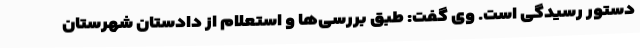
دستور رسیدگی است. وی گفت: طبق بررسی‌ها و استعلام از دادستان شهرستان